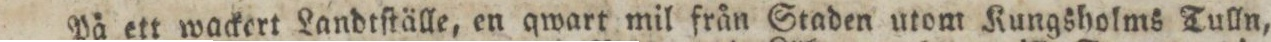
På ett wackert Landtſtälle, en qwart mil från Staden utom Kungsholms Tulln,